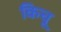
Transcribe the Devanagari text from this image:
किचू